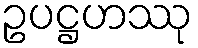
ဥပဋ္ဌဟဿု